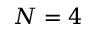
N = 4